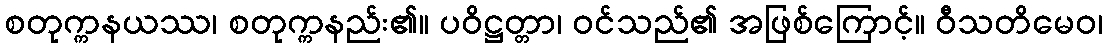
စတုက္ကနယဿ၊ စတုက္ကနည်း၏။ ပဝိဋ္ဌတ္တာ၊ ဝင်သည်၏ အဖြစ်ကြောင့်။ ဝီသတိမေဝ၊